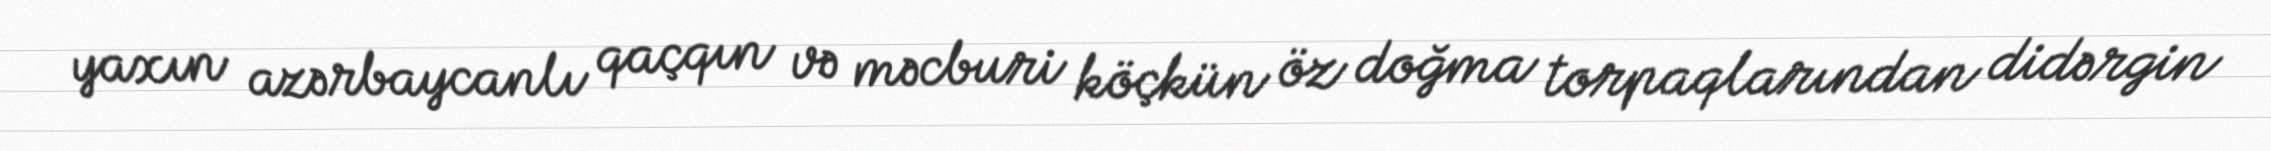
yaxın azərbaycanlı qaçqın və məcburi köçkün öz doğma torpaqlarından didərgin